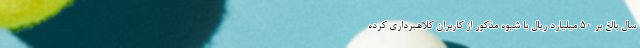
سال بالغ بر 50 ميليارد ريال با شیوه مذکور از کاربران کلاهبرداري کرده